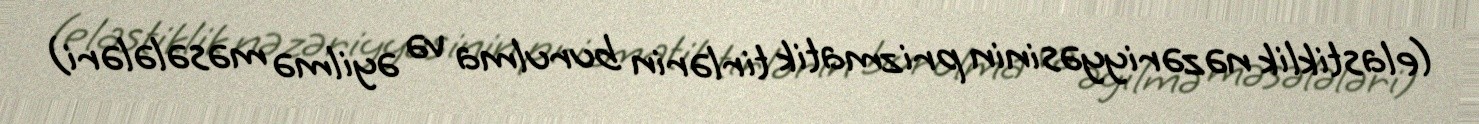
(elastiklik nəzəriyyəsinin prizmatik tirlərin burulma və əyilmə məsələləri)